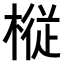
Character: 𫞋